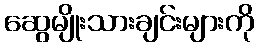
ဆွေမျိုးသားချင်းများကို